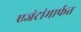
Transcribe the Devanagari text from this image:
एजंटांमार्फत